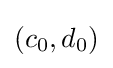
(c_{0},d_{0})